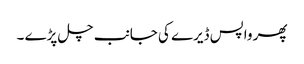
پھر واپس ڈیرے کی جانب چل پڑے ۔